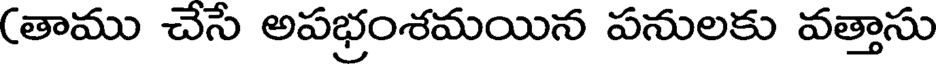
(తాము చేసే అపభ్రంశమయిన పనులకు వత్తాసు